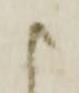
ま